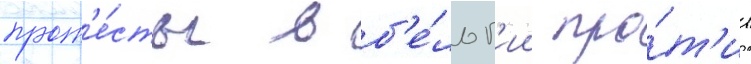
прот'е́сты в б'е́льг'ии про́т'ив